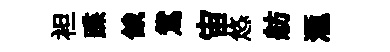
袒蹀餓鴛宙悠舫滙